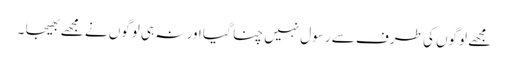
مجھے لوگوں کی طرف سے رسول نہیں چنا گیا اور نہ ہی لوگوں نے مجھے بھیجا ۔